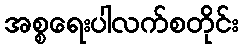
အစ္စရေးပါလက်စတိုင်း